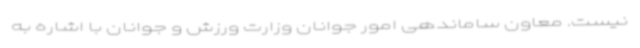
نیست. معاون ساماندهی امور جوانان وزارت ورزش و جوانان با اشاره به